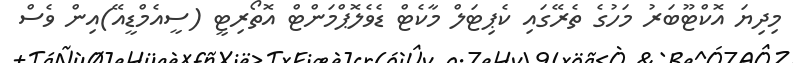
މިދިޔަ އޮކްޓޫބަރު މަހުގެ ތެރޭގައި ކެޕިޓަލް މާކެޓް ޑެވެލޮޕްމަންޓް އޮތޯރިޓީ (ސީއެމްޑީއޭ)އިން ވެސް